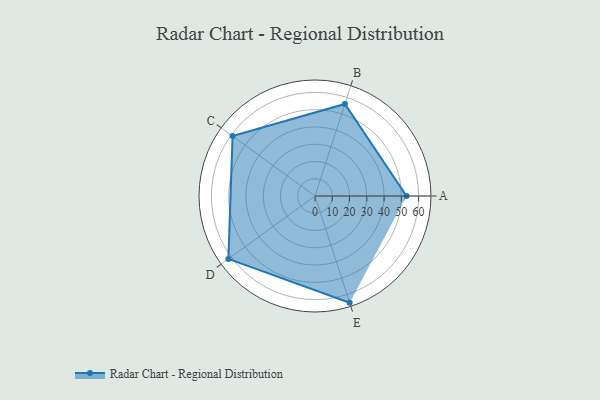
{"axis": {"x": "Skill", "y": "Score"}, "legend": ["Profile"], "data": [{"x": "A", "y": 53.0, "type": "Profile"}, {"x": "B", "y": 56.0, "type": "Profile"}, {"x": "C", "y": 59.0, "type": "Profile"}, {"x": "D", "y": 62.0, "type": "Profile"}, {"x": "E", "y": 65.0, "type": "Profile"}]}